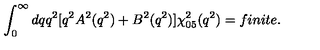
\int _ { 0 } ^ { \infty } d q q ^ { 2 } \lbrack q ^ { 2 } A ^ { 2 } ( q ^ { 2 } ) + B ^ { 2 } ( q ^ { 2 } ) \rbrack \chi _ { 0 5 } ^ { 2 } ( q ^ { 2 } ) = f i n i t e .